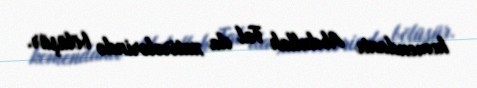
komendantı Abdullah Tal da xatirələrində bölüşür.